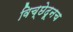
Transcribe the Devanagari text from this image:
विच्छेदूनच